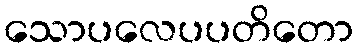
သောပလေပပတိတော